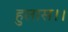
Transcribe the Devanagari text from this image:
हुलास।।